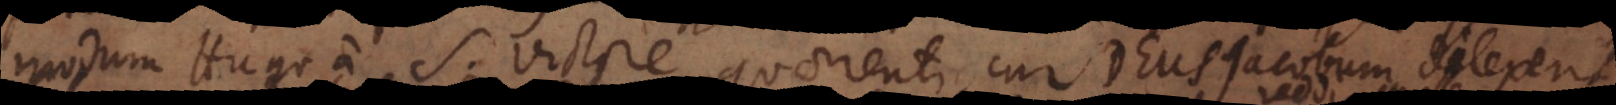
quemadmodum Hugo a S. Victore quaerenti, cur Deus Jacobum dilexerit,